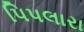
પિપલારા